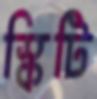
স্কিটি